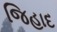
જિહાદ